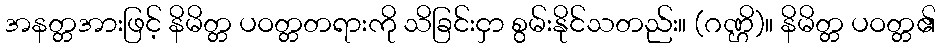
အနတ္တအားဖြင့် နိမိတ္တ ပဝတ္တတရားကို သိခြင်းငှာ စွမ်းနိုင်သတည်း။ (ဂဏ္ဌိ)။ နိမိတ္တ ပဝတ္တ၏